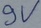
Text: 9V